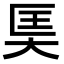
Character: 𪥎